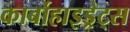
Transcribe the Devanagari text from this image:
कार्बोहाइड्रेट्‌स